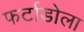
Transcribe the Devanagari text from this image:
फर्टाडोला